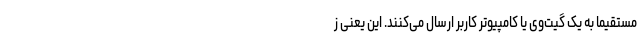
مستقیماً به یک گیت‌وی یا کامپیوتر کاربر ارسال می‌کنند. این یعنی ز